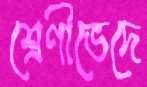
শ্রেণীভেদে